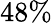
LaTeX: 48\%